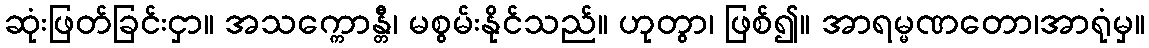
ဆုံးဖြတ်ခြင်းငှာ။ အသက္ကောန္တီ၊ မစွမ်းနိုင်သည်။ ဟုတွာ၊ ဖြစ်၍။ အာရမ္မဏတော၊အာရုံမှ။